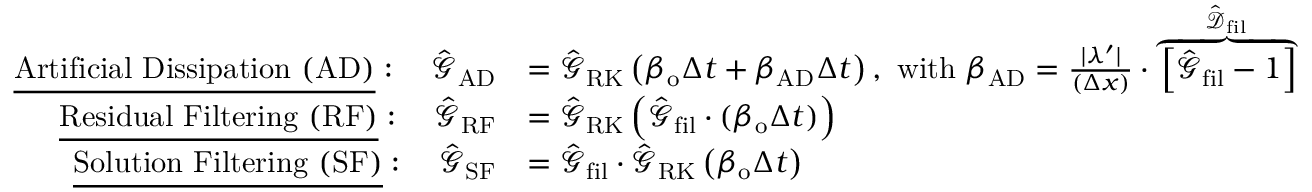
\begin{array} { r l } { \underline { { \mathrm { A r t i f i c i a l ~ D i s s i p a t i o n ~ ( A D ) } } } : \quad \hat { \mathcal { G } } _ { \mathrm { A D } } } & { = \hat { \mathcal { G } } _ { \mathrm { R K } } \left( \beta _ { \mathrm { o } } \Delta t + \beta _ { \mathrm { A D } } \Delta t \right) , \ \mathrm { w i t h } \ \beta _ { \mathrm { A D } } = \frac { \lvert \lambda ^ { \prime } \rvert } { ( \Delta x ) } \cdot \overbrace { \left[ \hat { \mathcal { G } } _ { \mathrm { f i l } } - 1 \right] } ^ { \hat { \mathcal { D } } _ { \mathrm { f i l } } } } \\ { \underline { { \mathrm { R e s i d u a l ~ F i l t e r i n g ~ ( R F ) } } } : \quad \hat { \mathcal { G } } _ { \mathrm { R F } } } & { = \hat { \mathcal { G } } _ { \mathrm { R K } } \left( \hat { \mathcal { G } } _ { \mathrm { f i l } } \cdot ( \beta _ { \mathrm { o } } \Delta t ) \right) } \\ { \underline { { \mathrm { S o l u t i o n ~ F i l t e r i n g ~ ( S F ) } } } : \quad \hat { \mathcal { G } } _ { \mathrm { S F } } } & { = \hat { \mathcal { G } } _ { \mathrm { f i l } } \cdot \hat { \mathcal { G } } _ { \mathrm { R K } } \left( \beta _ { \mathrm { o } } \Delta t \right) } \end{array}